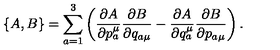
\{ A , B \} = \sum _ { a = 1 } ^ { 3 } \left( \frac { \partial A } { \partial { p _ { a } ^ { \mu } } } \frac { \partial B } { \partial { q _ { a \mu } } } - \frac { \partial A } { \partial { q _ { a } ^ { \mu } } } \frac { \partial B } { \partial { p _ { a \mu } } } \right) .